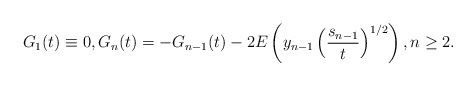
\begin{align*}G_1(t)\equiv 0,G_n(t)=-G_{n-1}(t)-2E\left(y_{n-1}\left(\dfrac{s_{n-1}}{t}\right)^{1/2}\right),n\ge 2.\end{align*}